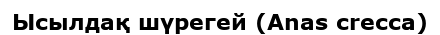
Ысылдақ шүрегей (Anas crecca)